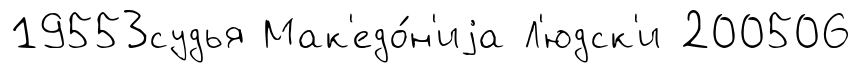
19553судья Мак'едо́н'иjа Л'юдск'и 200506